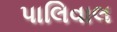
પાલિવાલ